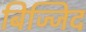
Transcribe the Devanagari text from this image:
बिज्जिद